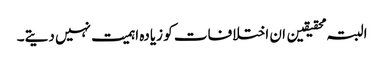
البتہ محقیقین ان اختلافات کو زیادہ اہمیت نہیں دیتے۔